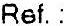
REF. :